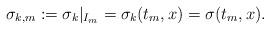
LaTeX: \begin{align*}\sigma_{k,m}:=\sigma_{k}\rvert_{I_m}=\sigma_k(t_m,x)=\sigma(t_m,x).\end{align*}